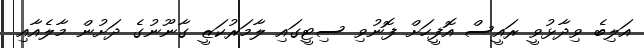
އަލިބެ ވިދާޅުވީ ރައީސް އޮފީހަށް ފޮނުވި ސިޓީގައި ލާމަރުކަޒީ ގާނޫނުގެ ދަށުން މާލެއާއި